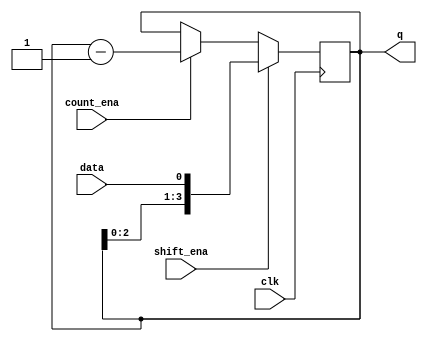
module top_module (
    input clk,
    input shift_ena,
    input count_ena,
    input data,
    output [3:0] q);

    always @(posedge clk) begin
        if (shift_ena) begin
            q <= {q[2:0], data};  // an useful skill
        end
        else if (count_ena) begin
            q <= q - 1;
        end
        else begin
            q <= q;
        end
    end

endmodule